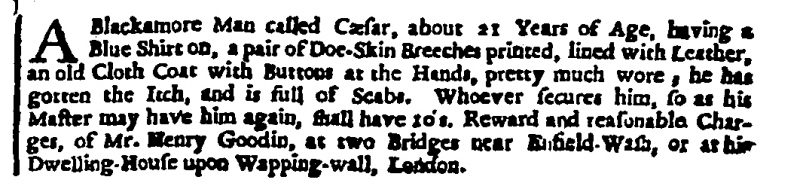
London Gazette, 24 June 1706 (England)
A Blackamore Man called Cæsar, about 21 Years of Age, having a Blue Shirt on, a pair of Doe-Skin Breeches printed, lined with Leather, an old Cloth Coat with Buttons at the Hands, pretty much wore, he has gotten the Itch, and is full of Scabs. Whoever secures him, so as his Master may have him again, shall have 10s. Reward and reasonable Charges, of Mr. Henry Goodin, at two Bridges near Enfield-Wash, or at his Dwelling-House upon Wapping-wall, London.